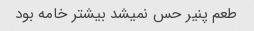
طعم پنیر حس نمیشد بیشتر خامه بود